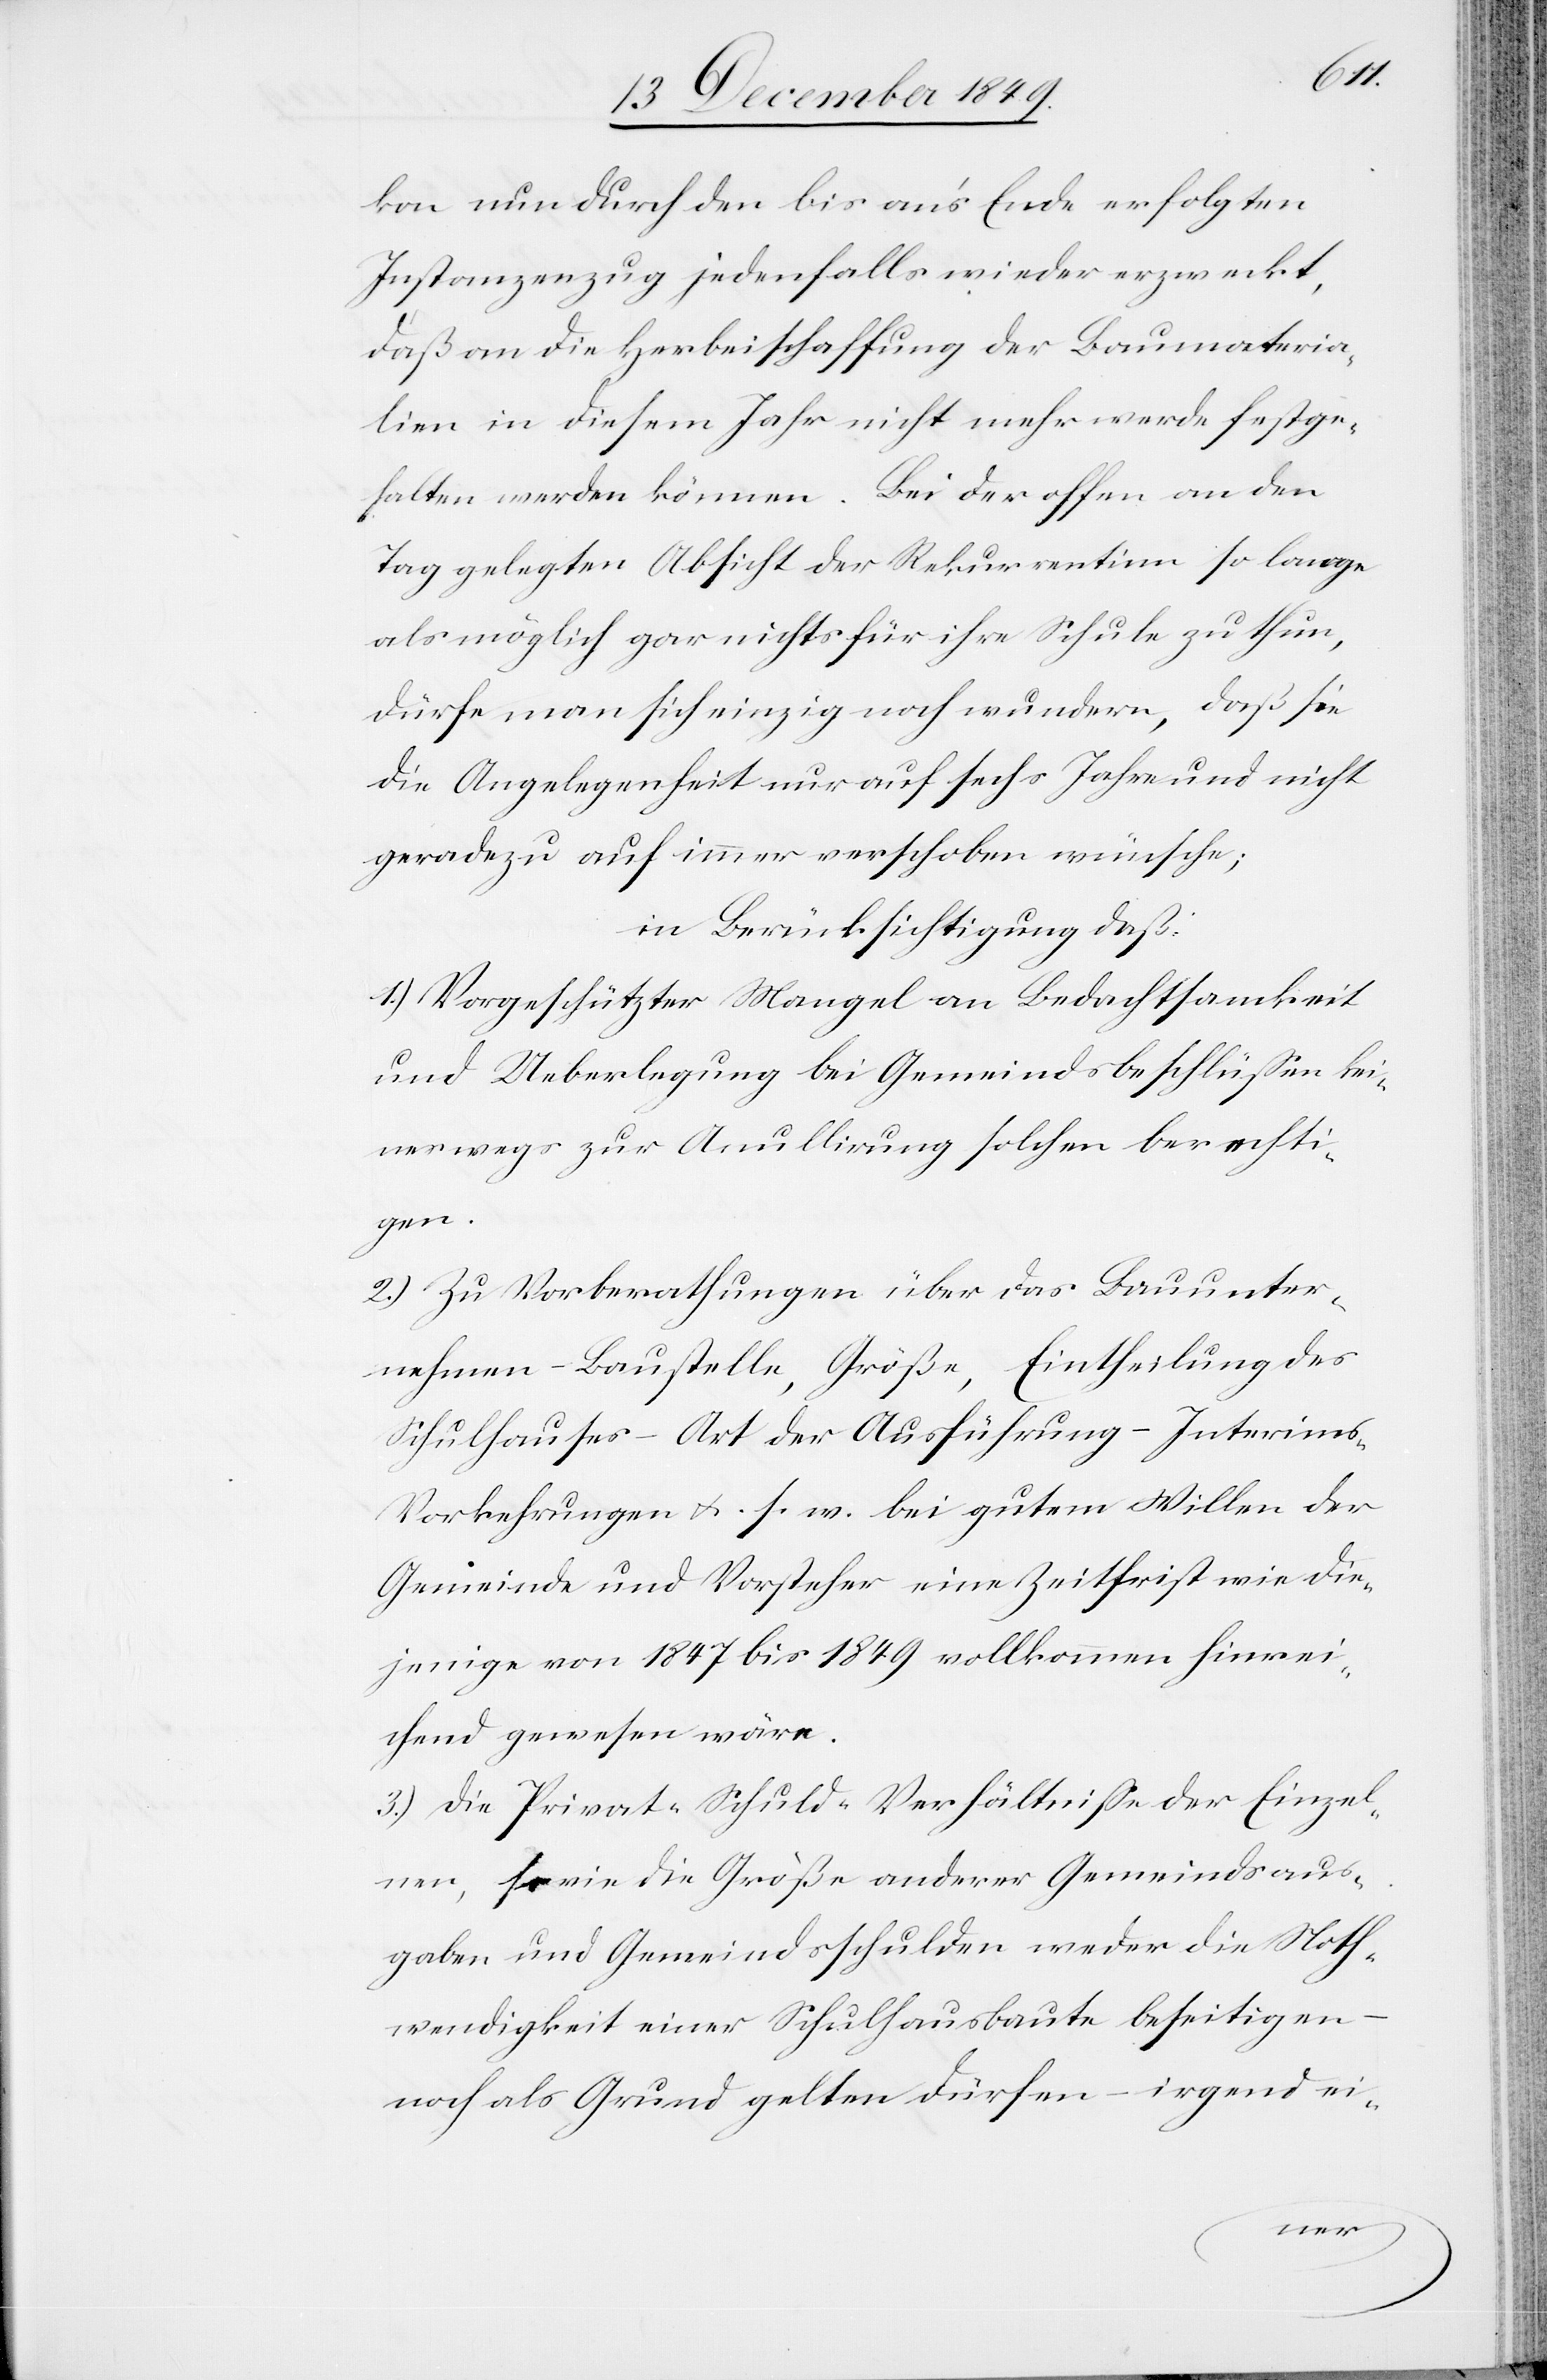
kon nun durch den bis an’s Ende erfolgten
Instanzenzug jedenfalls wieder erzweckt,
daß an die Herbeischaffung der Baumateria¬
lien in diesem Jahr nicht mehr werde festge¬
halten werden können. Bei der offen an den
Tag gelegten Absicht der Rekurrentinn so lange
als möglich gar nichts für ihre Schule zu thun,
dürfe man sich einzig noch wundern, daß sie
die Angelegenheit nur auf sechs Jahre und nicht
geradezu auf immer verschoben wünsche;
in Berücksichtigung daß:
1.) Vorgeschützter Mangel an Bedachtsamkeit
und Ueberlegung bei Gemeindsbeschlüßen kei¬
neswegs zur Annullirung solchen berechti¬
gen.
2.) Zu Vorberathungen über das Bauunter¬
nehmen – Baustelle, Größe, Eintheilung des
Schulhauses – Art der Ausführung – Interim¬
s-Vorkehrungen u. s. w. bei gutem Willen der
Gemeinde und Vorsteher eine Zeitschrift wie die¬
jenige von 1847–1849 vollkommen hinrei¬
chend gewesen wäre.
3.) Die Privat-Schuld-Verhältniße der Einzel¬
nen, sowie die Größe anderer Gemeindsaus¬
gaben und Gemeindsschulden weder die Noth¬
wendigkeit einer Schulhausbaute beseitigen –
noch als Grund gelten dürfen – irgend ei-